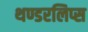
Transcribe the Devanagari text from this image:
थण्डरलिप्स